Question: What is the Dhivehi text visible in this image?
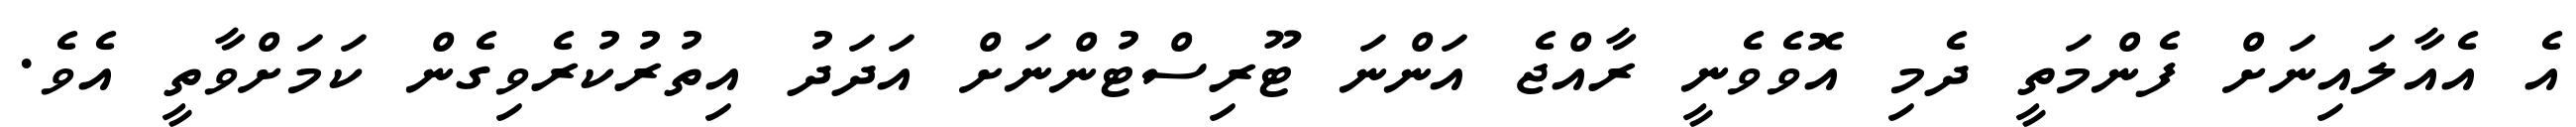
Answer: އެ އެއާލައިނަށް ފެންމަތީ ދެމި އޮވެވެނީ ރާއްޖެ އަންނަ ޓޫރިސްޓުންނަށް އަދަދު އިތުރުކުރެވިގެން ކަމަށްވާތީ އެވެ.